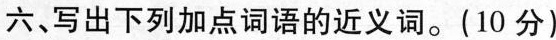
六、写出下列加点词语的近义词。(10分）